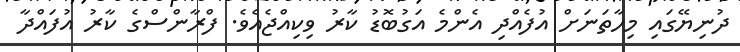
ދުނިޔޭގައި މިހާތަނަށް އުފެއްދި އެންމެ އަގުބޮޑު ކާރު ވިކިއްޖެއެވެ. ފްރާންސްގެ ކާރު އުފައްދާ